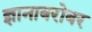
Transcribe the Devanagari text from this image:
ज्ञानाबरोबर